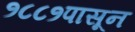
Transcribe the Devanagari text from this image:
१८८१पासून